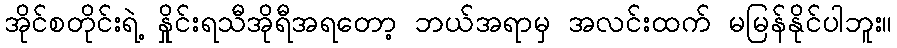
အိုင်စတိုင်းရဲ့ နှိုင်းရသီအိုရီအရတော့ ဘယ်အရာမှ အလင်းထက် မမြန်နိုင်ပါဘူး။